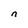
Character: n